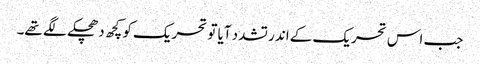
جب اس تحریک کے اندر تشدد آیا تو تحریک کو کچھ دھچکے لگے تھے۔